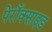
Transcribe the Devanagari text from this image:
पेराँक्साइड